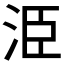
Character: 𭰍